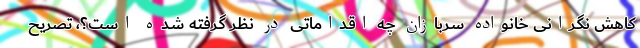
کاهش نگرانی خانواده سربازان چه اقداماتی در نظر گرفته شده است؟، تصریح